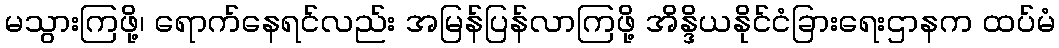
မသွားကြဖို့၊ ရောက်နေရင်လည်း အမြန်ပြန်လာကြဖို့ အိန္ဒိယနိုင်ငံခြားရေးဌာနက ထပ်မံ